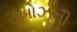
બોઝની